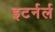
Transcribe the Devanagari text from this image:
इटर्नर्ल